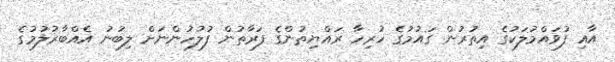
އާއި ފުވައްމުލަކުގެ އިތުރުން ގައުމުގެ ހުރިހާ ރައްޔިތުންގެ ފަރާތުން ފުލުހުންނަށް ލިބުނު އެއްބާރުލުމުގެ